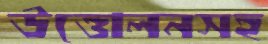
উত্তোলনসহ